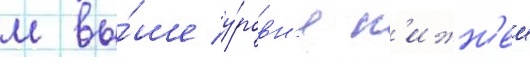
м вы́ше у́ровн'я н'ижн'еи